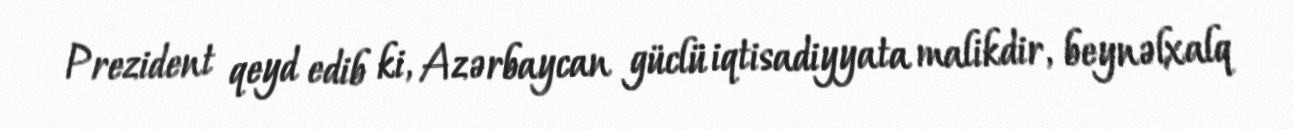
Prezident qeyd edib ki, Azərbaycan güclü iqtisadiyyata malikdir, beynəlxalq